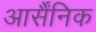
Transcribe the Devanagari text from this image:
आर्सैंनिक